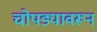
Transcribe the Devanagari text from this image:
चोपड्यावरून